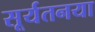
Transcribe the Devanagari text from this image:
सूर्यतनया